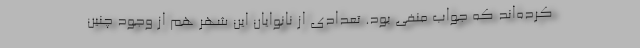
کرده‌اند که جواب منفی بود. تعدادی از نانوایان این شهر هم از وجود چنین